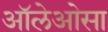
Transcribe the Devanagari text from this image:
ऑलेओसा